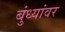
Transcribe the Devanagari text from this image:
बुंध्यांवर